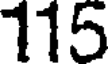
115